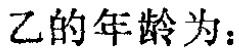
乙的年龄为：